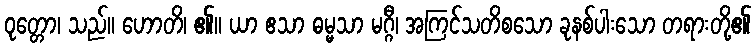
ဝုတ္တော၊ သည်။ ဟောတိ၊ ၏။ ယာ ဧသာ ဓမ္မသာ မဂ္ဂီ၊ အကြင်သတိစသော ခုနစ်ပါးသော တရားတို့၏